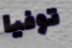
توفيا